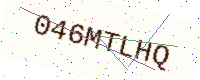
Text: 046MTLHQ